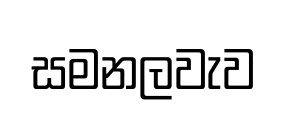
සමනලවැව